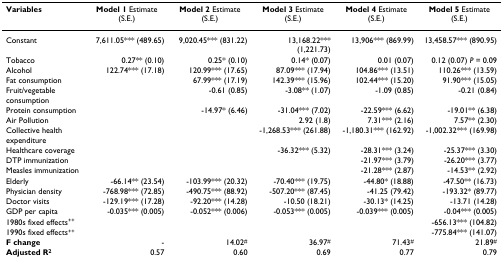
<table><thead><tr><td><b>Variables</b></td><td><b>Model 1 Estimate (S.E.)</b></td><td><b>Model 2 Estimate (S.E.)</b></td><td><b>Model 3 Estimate (S.E.)</b></td><td><b>Model 4 Estimate (S.E.)</b></td><td><b>Model 5 Estimate (S.E.)</b></td></tr></thead><tbody><tr><td>Constant</td><td>7,611.05*** (489.65)</td><td>9,020.45*** (831.22)</td><td>13,168.22*** (1,221.73)</td><td>13,906*** (869.99)</td><td>13,458.57*** (890.95)</td></tr><tr><td>Tobacco</td><td>0.27** (0.10)</td><td>0.25* (0.10)</td><td>0.14* (0.07)</td><td>0.01 (0.07)</td><td>0.12 (0.07) <i>P </i>= 0.09</td></tr><tr><td>Alcohol</td><td>122.74*** (17.18)</td><td>120.99*** (17.65)</td><td>87.09*** (17.94)</td><td>104.86*** (13.51)</td><td>110.26*** (13.59)</td></tr><tr><td>Fat consumption</td><td></td><td>67.99*** (17.19)</td><td>142.39*** (15.96)</td><td>102.44*** (15.20)</td><td>91.90*** (15.05)</td></tr><tr><td>Fruit/vegetable consumption</td><td></td><td>-0.61 (0.85)</td><td>-3.08** (1.07)</td><td>-1.09 (0.85)</td><td>-0.21 (0.84)</td></tr><tr><td>Protein consumption</td><td></td><td>-14.97* (6.46)</td><td>-31.04*** (7.02)</td><td>-22.59*** (6.62)</td><td>-19.01** (6.38)</td></tr><tr><td>Air Pollution</td><td></td><td></td><td>2.92 (1.8)</td><td>7.31*** (2.16)</td><td>7.57** (2.30)</td></tr><tr><td>Collective health expenditure</td><td></td><td></td><td>-1,268.53*** (261.88)</td><td>-1,180.31*** (162.92)</td><td>-1,002.32*** (169.98)</td></tr><tr><td>Healthcare coverage</td><td></td><td></td><td>-36.32*** (5.32)</td><td>-28.31*** (3.24)</td><td>-25.37*** (3.30)</td></tr><tr><td>DTP immunization</td><td></td><td></td><td></td><td>-21.97*** (3.79)</td><td>-26.20*** (3.77)</td></tr><tr><td>Measles immunization</td><td></td><td></td><td></td><td>-21.28*** (2.87)</td><td>-14.53** (2.92)</td></tr><tr><td>Elderly</td><td>-66.14** (23.54)</td><td>-103.99*** (20.32)</td><td>-70.40*** (19.75)</td><td>-44.80* (18.88)</td><td>-47.50** (16.73)</td></tr><tr><td>Physician density</td><td>-768.98*** (72.85)</td><td>-490.75*** (88.92)</td><td>-507.20*** (87.45)</td><td>-41.25 (79.42)</td><td>-193.32* (89.77)</td></tr><tr><td>Doctor visits</td><td>-129.19*** (17.28)</td><td>-92.20*** (14.28)</td><td>-10.50 (18.21)</td><td>-30.13* (14.25)</td><td>-13.71 (14.28)</td></tr><tr><td>GDP per capita</td><td>-0.035*** (0.005)</td><td>-0.052*** (0.006)</td><td>-0.053*** (0.005)</td><td>-0.039*** (0.005)</td><td>-0.04*** (0.005)</td></tr><tr><td>1980s fixed effects<sup>++</sup></td><td></td><td></td><td></td><td></td><td>-656.13*** (104.82)</td></tr><tr><td>1990s fixed effects<sup>++</sup></td><td></td><td></td><td></td><td></td><td>-775.84*** (141.07)</td></tr><tr><td><b>F change</b></td><td>-</td><td>14.02<sup>#</sup></td><td>36.97<sup>#</sup></td><td>71.43<sup>#</sup></td><td>21.89<sup>#</sup></td></tr><tr><td><b>Adjusted R<sup>2</sup></b></td><td>0.57</td><td>0.60</td><td>0.69</td><td>0.77</td><td>0.79</td></tr></tbody></table>